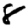
Digit: 8